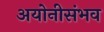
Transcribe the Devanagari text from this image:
अयोनीसंभव